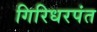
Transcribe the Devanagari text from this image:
गिरिधरपंत